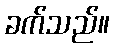
ခက်သည်။